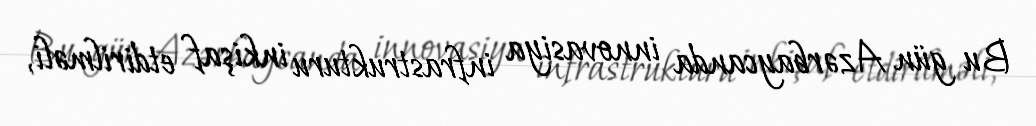
Bu gün Azərbaycanda innovasiya infrastrukturu inkişaf etdirilməli,